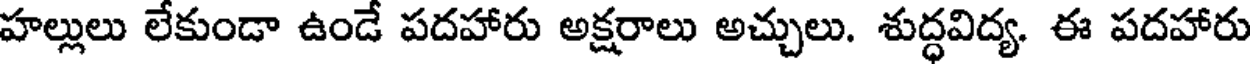
హల్లులు లేకుండా ఉండే పదహారు అక్షరాలు అచ్చులు. శుద్ధవిద్య. ఈ పదహారు